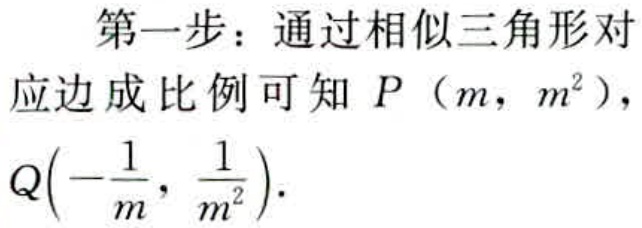
第一步：通过相似三角形对
应边成比例可知 \(P\left(m,m^{2}\right)\)，
\(Q\left(-\frac{1}{m},\frac{1}{m^{2}}\right)\).